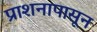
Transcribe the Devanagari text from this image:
प्राशनापासून